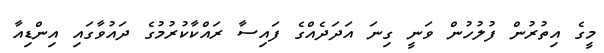
މީގެ އިތުރުން ފުލުހުން ވަނީ ގިނަ އަދަދެއްގެ ފައިސާ ރައްކާކުރުމުގެ ދައުވާގައި އިންޑިއާ